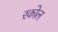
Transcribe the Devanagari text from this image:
रकोल